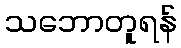
သဘောတူရန်